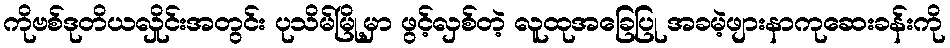
ကိုဗစ်ဒုတိယလှိုင်းအတွင်း ပုသိမ်မြို့မှာ ဖွင့်လှစ်တဲ့ လူထုအခြေပြု အခမဲ့ဖျားနာကုဆေးခန်းကို